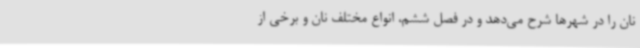
نان را در شهرها شرح می‌دهد و در فصل ششم، انواع مختلف نان و برخی از